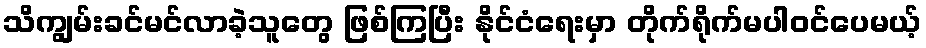
သိကျွမ်းခင်မင်လာခဲ့သူတွေ ဖြစ်ကြပြီး နိုင်ငံရေးမှာ တိုက်ရိုက်မပါဝင်ပေမယ့်